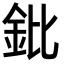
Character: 鈚